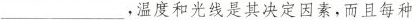
___，温度和光线是其决定因素，而且每种